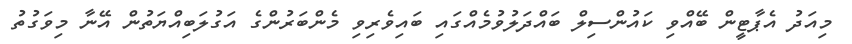
މިއަދު އެޕާޓީން ބޭއްވި ކައުންސިލް ބައްދަލުވުމެއްގައި ބައިވެރިވި މެންބަރުންގެ އަގުލަބިއްޔަތުން އޭނާ މިވަގުތު